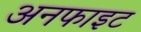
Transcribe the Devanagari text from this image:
अनफाइट